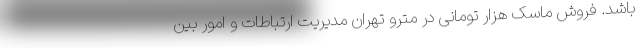
باشد. فروش ماسک هزار تومانی در مترو تهران مدیریت ارتباطات و امور بین